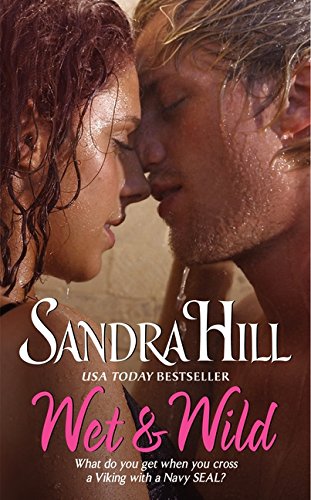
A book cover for Wet & Wild (Viking II); Sandra Hill; Romance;